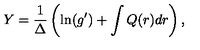
Y = \frac { 1 } { \Delta } \left( \ln ( g ^ { \prime } ) + \int Q ( r ) d r \right) ,